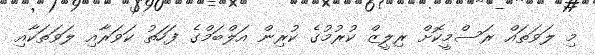
މި ލަވަތައް ރަސްމީކޮށް ރިލީޒް ކުރުމުގެ ކުރިން އަލްބަމްގެ ފަހަތު ކަވަރާއި ލަވަތަކާއި